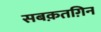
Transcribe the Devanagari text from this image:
सबक़तग़िन